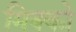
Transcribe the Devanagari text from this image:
मिक्को